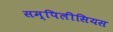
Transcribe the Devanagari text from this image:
सम्पिलीसियस